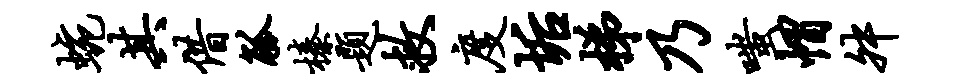
蜿其借觚榛题救度垢梯乃嗤帽舛